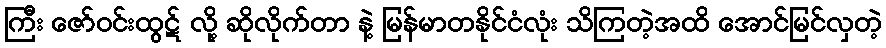
ကြီး ဇော်ဝင်းထွဋ် လို့ ဆိုလိုက်တာ နဲ့ မြန်မာတနိုင်ငံလုံး သိကြတဲ့အထိ အောင်မြင်လှတဲ့